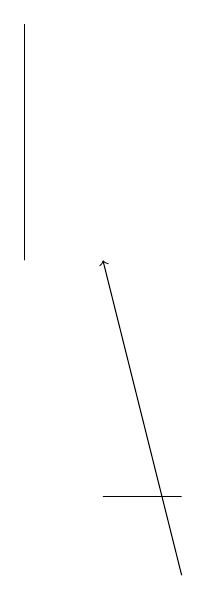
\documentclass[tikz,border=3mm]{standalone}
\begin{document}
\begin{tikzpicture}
\draw (8,12) rectangle (7,12);
\draw (6,15) rectangle (6,18);
\draw[->] (8,11) -- (7,15);
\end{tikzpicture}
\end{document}